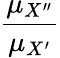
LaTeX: \frac{\mu_{X^{\prime\prime}}}{\mu_{X^{\prime}}}